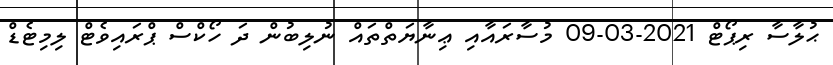
ޙުލާސާ ރިޕޯޓް 2021-03-09 މުސާރައާއި ޢިނާޔަތްތައް ނުލިބުން ދަ ހޯކްސް ޕްރައިވެޓް ލިމިޓެޑް